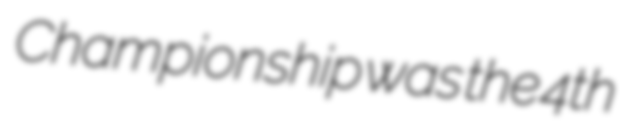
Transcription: Championship was the 4th